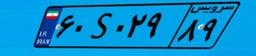
۸۳S۸۵۵۲۷